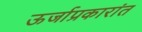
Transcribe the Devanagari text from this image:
ऊर्जाप्रकारांत